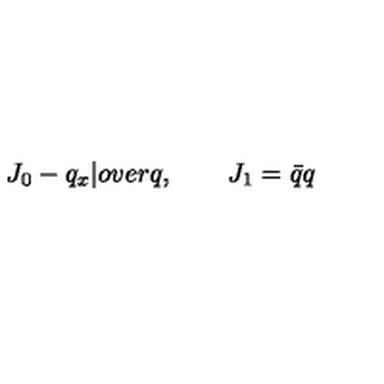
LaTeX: J _ { 0 } - { q _ { x } | o v e r q } , \qquad J _ { 1 } = \bar { q } q